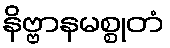
နိဗ္ဗာနမစ္စုတံ